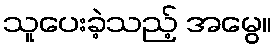
သူပေးခဲ့သည့် အမွေ။